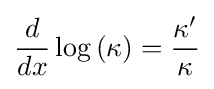
{\frac {d}{dx}}\log \left(\kappa \right)={\frac {\kappa '}{\kappa }}